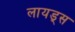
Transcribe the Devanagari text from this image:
लायड्स